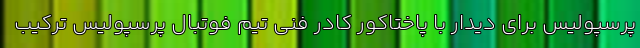
پرسپولیس برای دیدار با پاختاکور کادر فنی تیم فوتبال پرسپولیس ترکیب